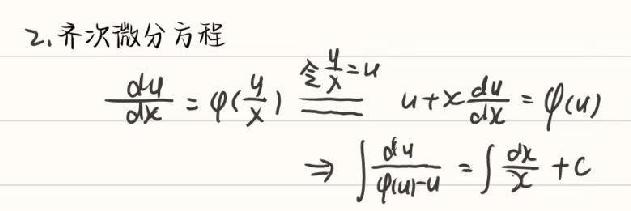
2. 齐次微分方程
令\(\frac{y}{x}=u\)
\(\frac{du}{dx}=\varphi\left(\frac{y}{x}\right)\Rightarrow u + x\frac{du}{dx}=\varphi(u)\)
\(\Rightarrow\int\frac{\varphi(u)-u}{u}du=\int\frac{dx}{x}+C\)